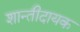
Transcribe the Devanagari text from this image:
शान्तीदायक